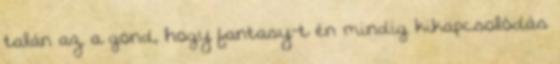
talán az a gond, hogy fantasy-t én mindig kikapcsolódás